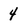
Character: 4